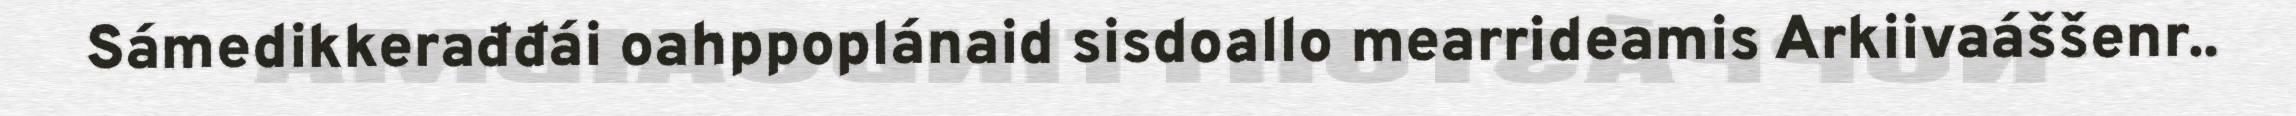
Sámedikkerađđái oahppoplánaid sisdoallo mearrideamis Arkiivaáššenr..